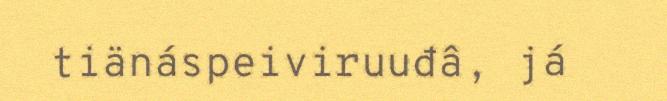
tiänáspeiviruuđâ, já